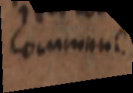
commune